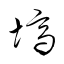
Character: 塙